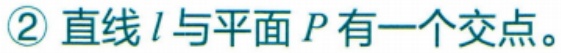
\textcircled{2} 直线 \(l\) 与平面 \(P\) 有一个交点。